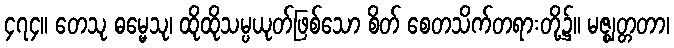
၄၇၄။ တေသု ဓမ္မေသု၊ ထိုထိုသမ္ပယုတ်ဖြစ်သော စိတ် စေတသိက်တရားတို့၌။ မဇ္ဈတ္တတာ၊